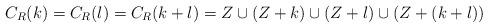
LaTeX: \begin{align*}C_R(k) = C_R(l) = C_R(k + l) = Z \cup (Z + k) \cup (Z + l) \cup (Z + (k + l))\end{align*}